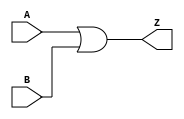
module OR2 (
    input wire A,
    input wire B,
    output wire Z
);

parameter Tpdlh = 1;
parameter Tpdhl = 1;

or #(Tpdlh, Tpdhl) or1 (Z, A, B);

endmodule